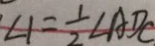
\angle 1 = \frac { 1 } { 2 } \angle A D C